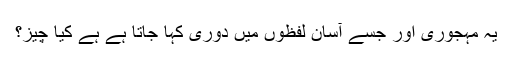
یہ مہجوری اور جسے آسان لفظوں میں دوری کہا جاتا ہے ہے کیا چیز؟